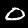
Digit: 0